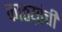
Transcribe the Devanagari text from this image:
काठय़ांची